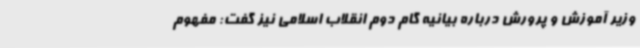
وزیر آموزش و پرورش درباره بیانیه گام دوم انقلاب اسلامی نیز گفت: مفهوم